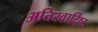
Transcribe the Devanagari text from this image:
अतिस्‍वादिष्‍ट